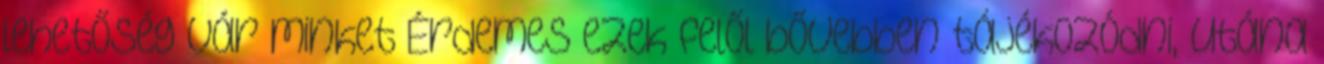
lehetőség vár minket Érdemes ezek felől bővebben tájékozódni, utána